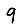
Digit: 9